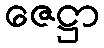
ဇေဋ္ဌာ